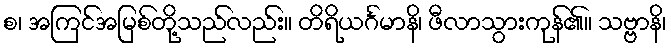
စ၊ အကြင်အမြစ်တို့သည်လည်း။ တိရိယင်္ဂမာနိ၊ ဖီလာသွားကုန်၏။ သဗ္ဗာနိ၊